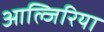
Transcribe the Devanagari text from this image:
आल्जिरिया